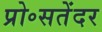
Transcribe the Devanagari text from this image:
प्रो॰सतेंदर